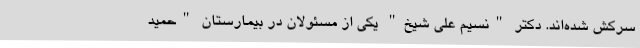
سرکش شده‌اند. دکتر "نسیم علی شیخ" یکی از مسئولان در بیمارستان "حمید